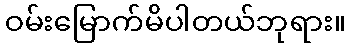
ဝမ်းမြောက်မိပါတယ်ဘုရား။